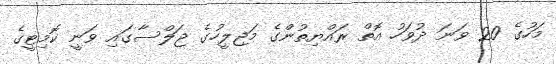
މަހުގެ 20 ވަނަ ދުވަހު އޮތް ރައްޔިތުންގެ މަޖިލީހުގެ ޖަލްސާގައި ވަނީ ކޮމިޓީގެ